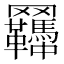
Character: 𦍊